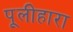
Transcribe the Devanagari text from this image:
पूलीहारा